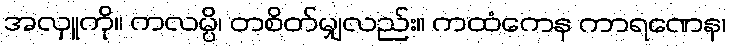
အလှူကို။ ကလမ္ပိ၊ တစိတ်မျှလည်း။ ကထံကေန ကာရဏေန၊